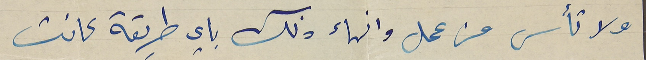
ولا تأس من عمل وانهاء ذلك باي طريقة كانت